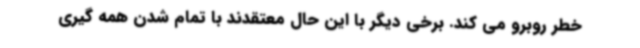
خطر روبرو می کند. برخی دیگر با این حال معتقدند با تمام شدن همه گیری